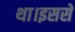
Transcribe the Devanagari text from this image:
था।इससे